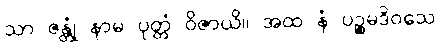
သာ ဇန္တုံ နာမ ပုတ္တံ ဝိဇာယိ။ အထ နံ ပဉ္စမဒိဝသေ